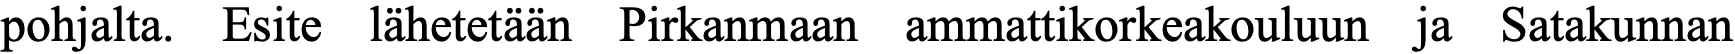
pohjalta. Esite lähetetään Pirkanmaan ammattikorkeakouluun ja Satakunnan